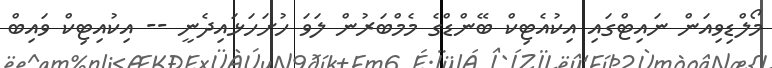
މޯލްޑިވިއަން ނައިޓްގައި އިކުއެޓިކް ބޭންޑްގެ މެމްބަރުން ލަވަ ހުށަހަޅައިދެނީ -- އިކުއިޓިކް ވައިބް